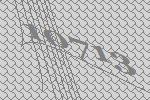
10713